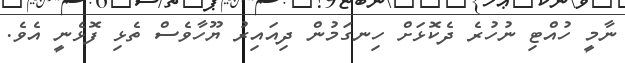
ނާމީ ހުއްޓި ނުހުރެ ދެކޮޅަށް ހިނގަމުން ދިއައިރު ޔޫހާވެސް ތެޅި ފޮޅެނީ އެވެ.